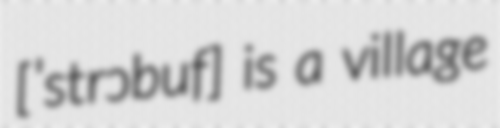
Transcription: [ˈstrɔbuf] is a village